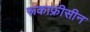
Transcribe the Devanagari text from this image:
रूकाफ्रीसीन